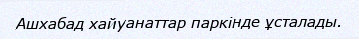
Ашхабад хайуанаттар паркінде ұсталады.